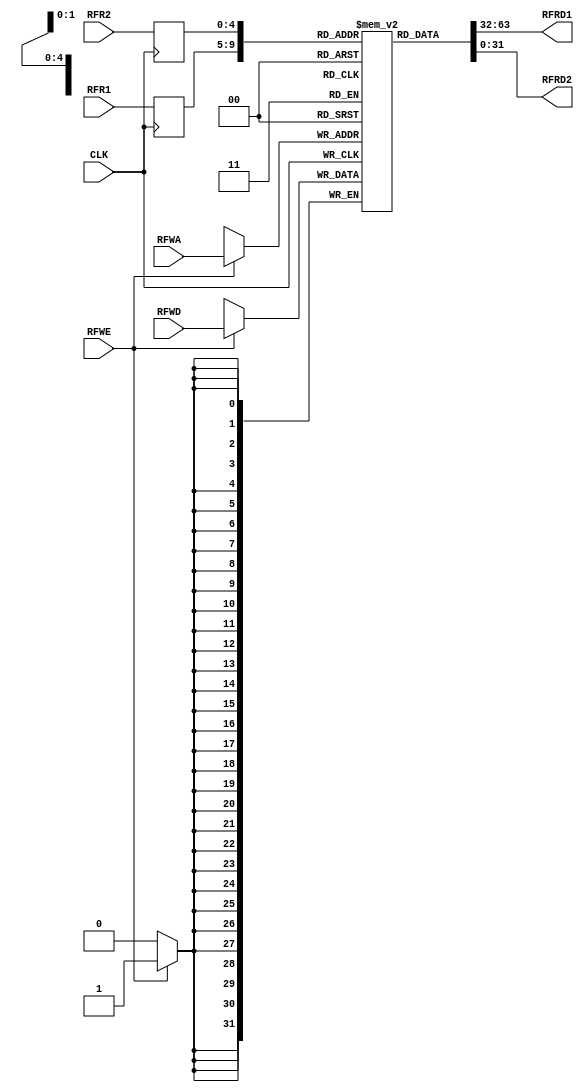
`timescale 1ns / 1ps

module reg_File # (parameter WL = 32, MEM_Depth = 32)
(
    input CLK,
    input RFWE,
    input [4:0] RFR1, RFR2, RFWA,
    input [WL - 1 : 0] RFWD,
    output [WL - 1 : 0] RFRD1, RFRD2
);
    
    reg [WL - 1 : 0] rf[0 : MEM_Depth - 1];
    reg [4:0] read_addr_1;      // Registered address for write-first mode
    reg [4:0] read_addr_2;      // Registered address for write-first mode
    
    always @ (posedge CLK)
    begin
        if (RFWE) begin rf[RFWA] <= RFWD; end
        read_addr_1 <= RFR1;        // Registered address for write-first mode
        read_addr_2 <= RFR2;        // Registered address for write-first mode
    end
    
    assign RFRD1 = rf[read_addr_1];     // Asynchronous Read
    assign RFRD2 = rf[read_addr_2];     // Asynchronous Read
    
endmodule